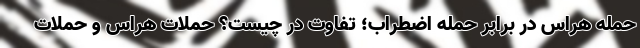
حمله هراس در برابر حمله اضطراب؛ تفاوت در چیست؟ حملات هراس و حملات